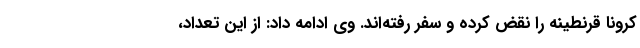
کرونا قرنطینه را نقض کرده و سفر رفته‌اند. وی ادامه داد: از این تعداد،